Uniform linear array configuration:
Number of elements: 48
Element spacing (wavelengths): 1
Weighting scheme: cosine
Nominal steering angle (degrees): -15
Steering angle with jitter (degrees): -16.277
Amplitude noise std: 0.05
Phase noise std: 0.05

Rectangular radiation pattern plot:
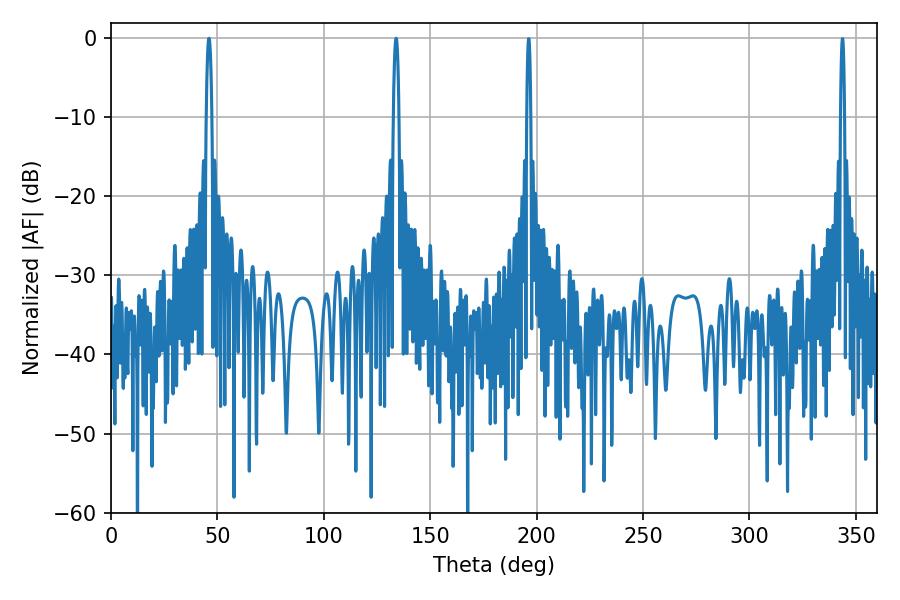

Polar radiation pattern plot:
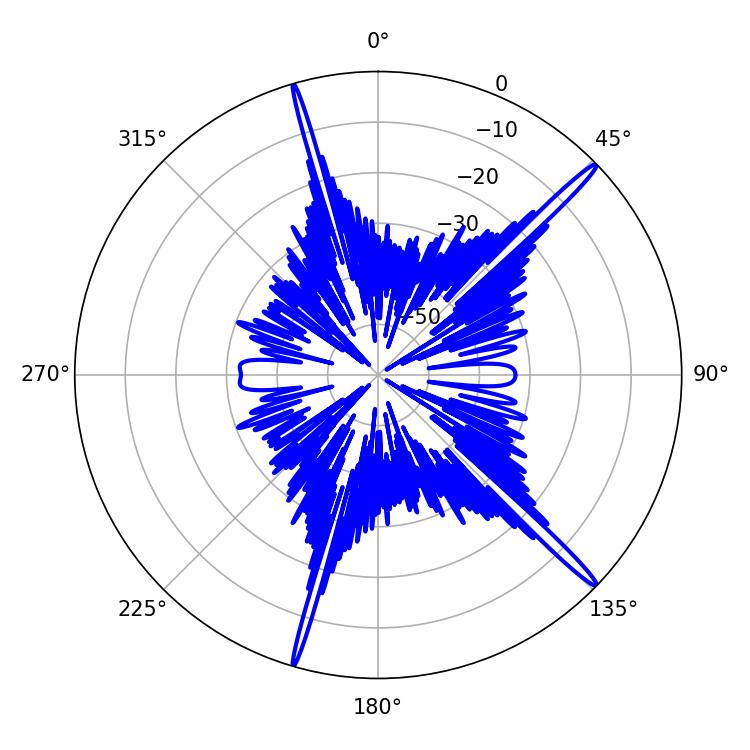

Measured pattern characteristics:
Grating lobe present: TRUE
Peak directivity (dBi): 18.068
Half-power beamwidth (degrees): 1.44
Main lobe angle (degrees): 133.92